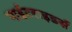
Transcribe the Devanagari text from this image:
नाईटराइडर्स